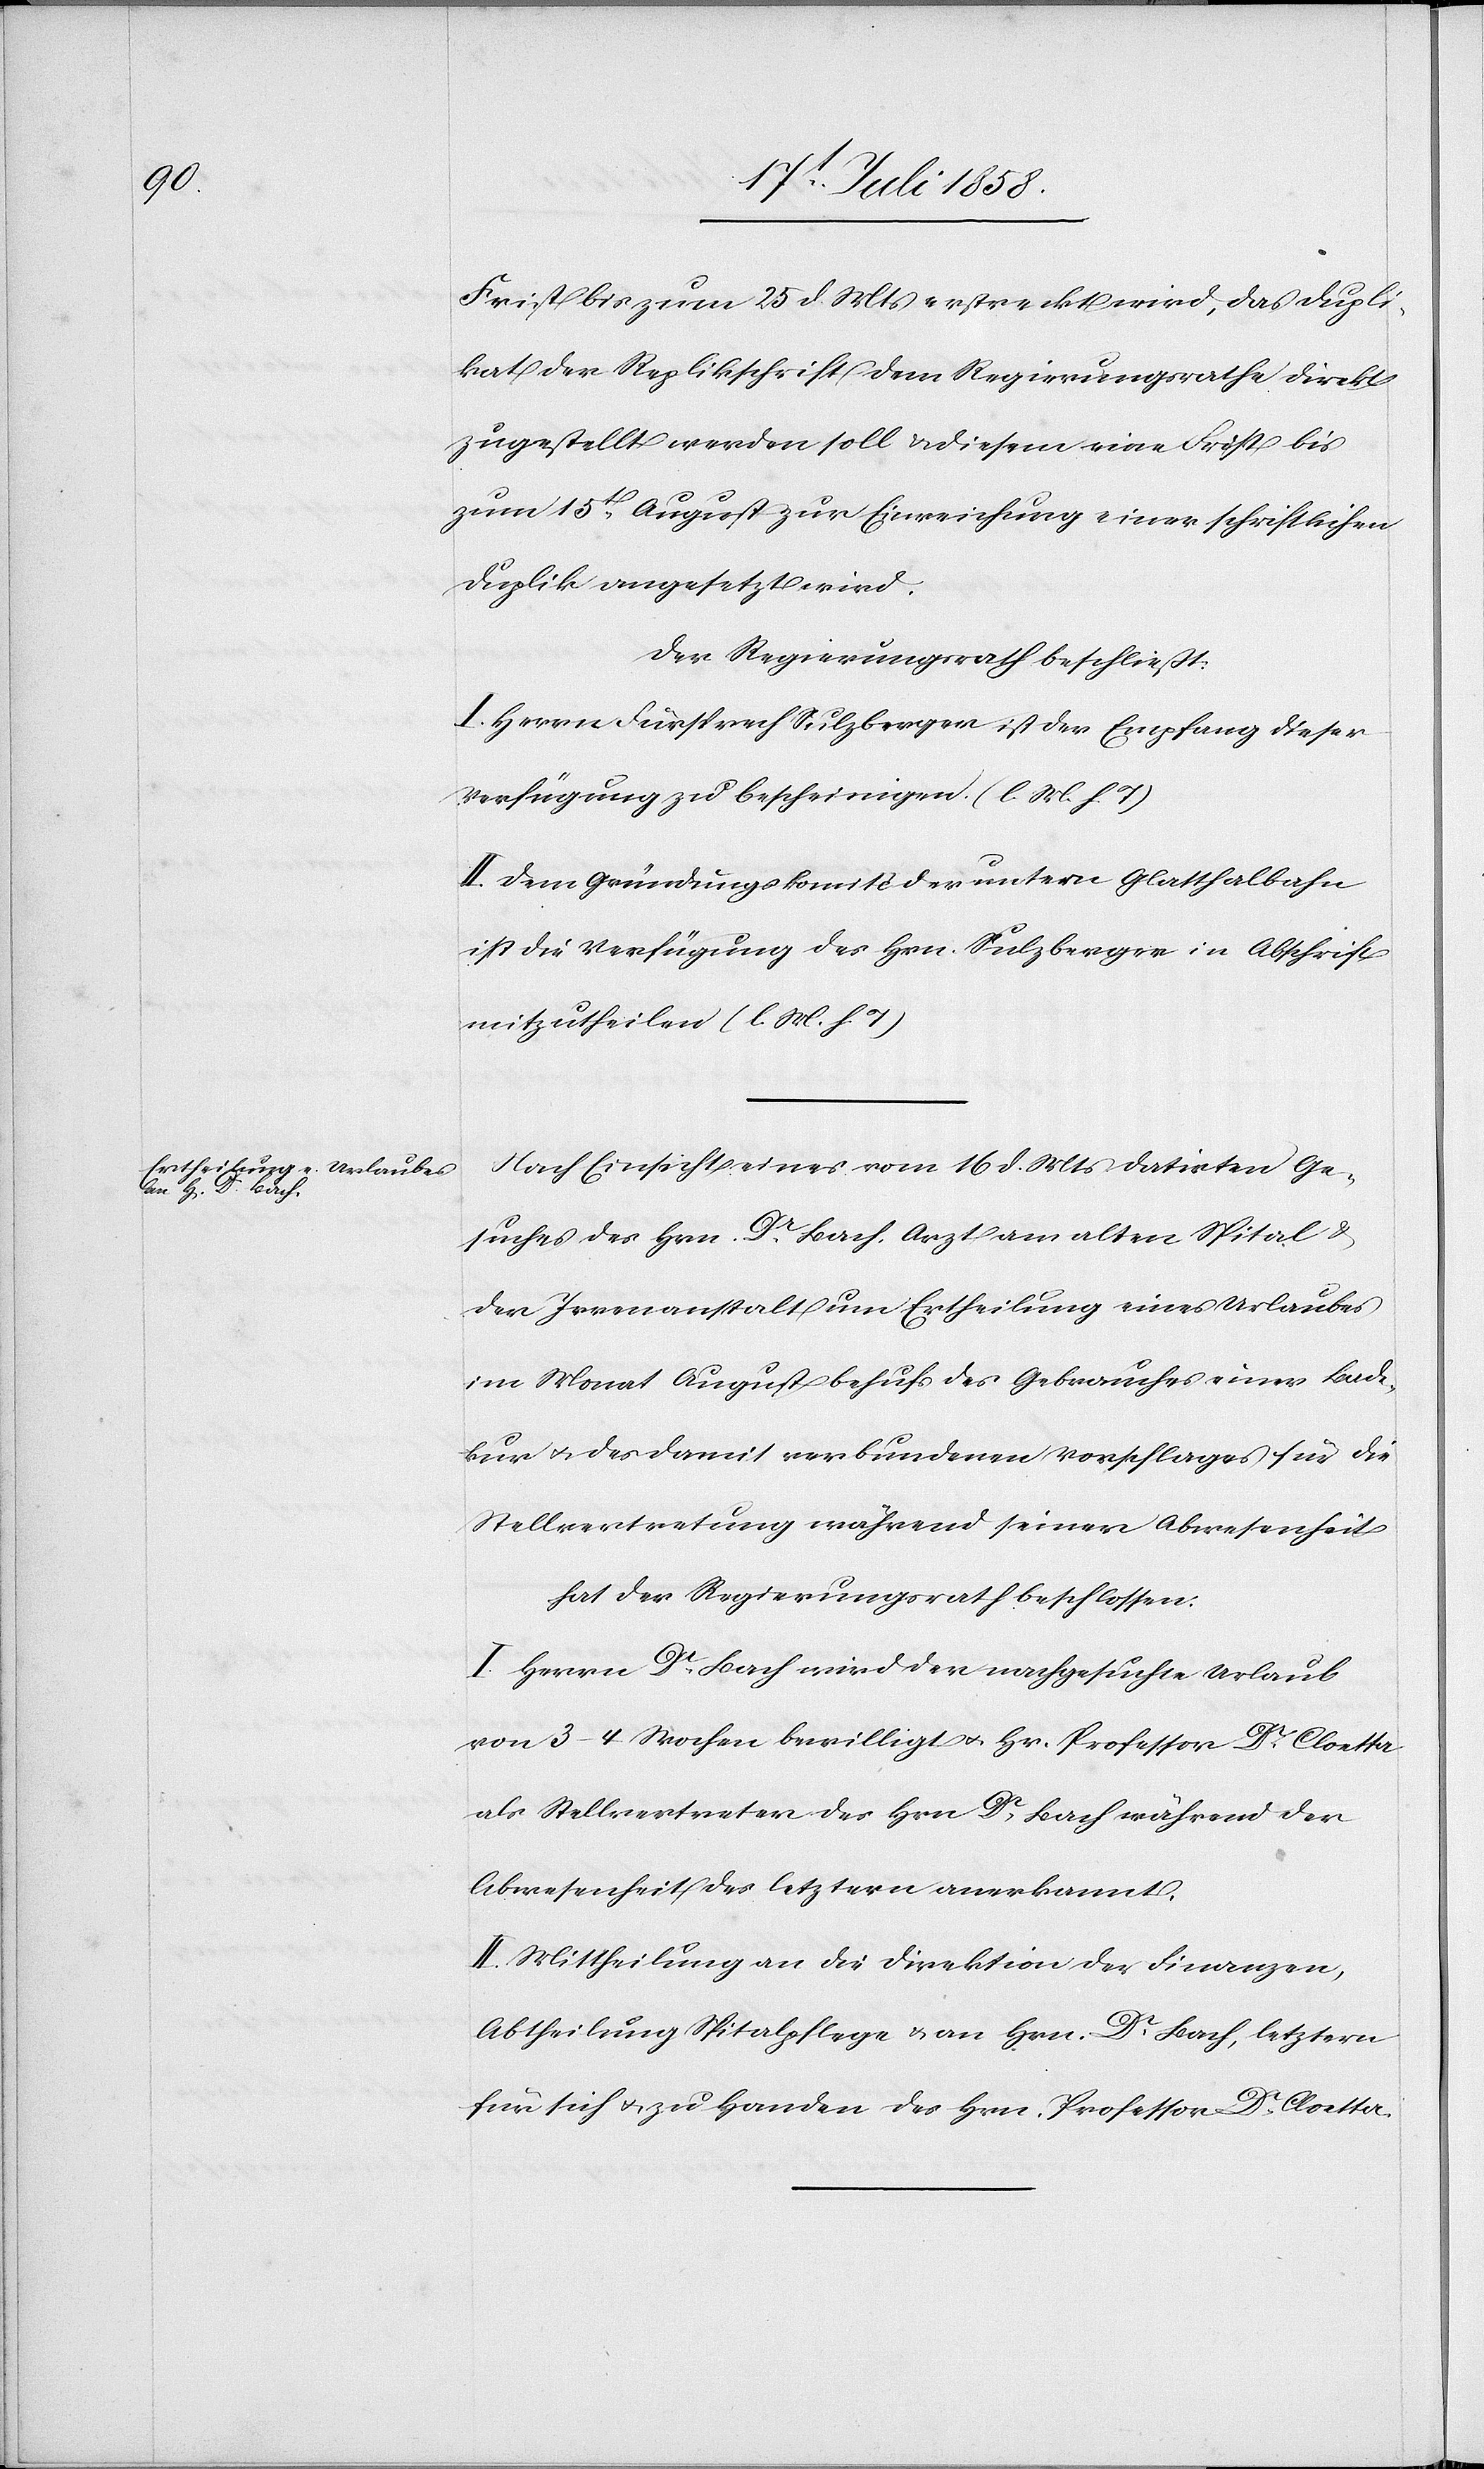
Frist bis zum 25 d. Mts erstreckt wird, das Dupli¬
kat der Replikschrift dem Regierungsrathe direkt
zugestellt werden soll & diesem eine Frist bis
zum 15t August zur Einreichung einer schriftlichen
Duplik angesetzt wird.
Der Regierungsrath beschließt:
I. Herrn Fürsprech Sulzberger ist der Empfang dieser
Verfügung zu bescheinigen. (l. M. h. T)
II. Dem Gründungskomité der untern Glatthalbahn
ist die Verfügung des Hrn. Sulzberger in Abschrift
mitzutheilen (l. M. h. T)
Nach Einsicht eines vom 16 d. Mts datirten Ge¬
suches des Hrn. Dr. Bach, Arzt am alten Spital &
der Irrenanstalt um Ertheilung eines Urlaubes
im Monat August behufs des Gebrauches einer Bade¬
kur & des damit verbundenen Vorschlages für die
Stellvertretung während seiner Abwesenheit
hat der Regierungsrath beschlossen:
I. Herrn Dr. Bach wird der nachgesuchte Urlaub
von 3–4 Wochen bewilligt & Hr. Professor Dr. Cloetta
als Stellvertreter des Hrn. Dr. Bach während der
Abwesenheit des letztern anerkannt.
II. Mittheilung an die Direktion der Finanzen,
Abtheilung Spitalpflege & an Hrn. Dr. Bach, letztern
für sich & zu Handen des Hrn. Professor Dr. Cloetta.